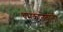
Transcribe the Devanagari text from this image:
धमकानेवाली